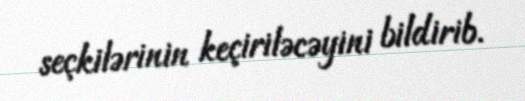
seçkilərinin keçiriləcəyini bildirib.